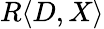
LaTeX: R\langle D,X\rangle